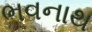
ભવનાથ